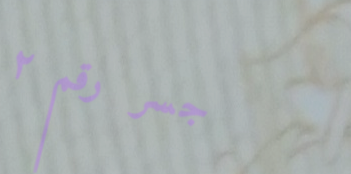
جسر رقم ٢